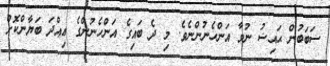
ސަބަބުން ޙައިޟު ނުވާ އަންހެނުންނެވެ. މި ދެ ބައިގެ އަންހެނުންގެ ޢިއްދަ ބަޔާންކޮށް